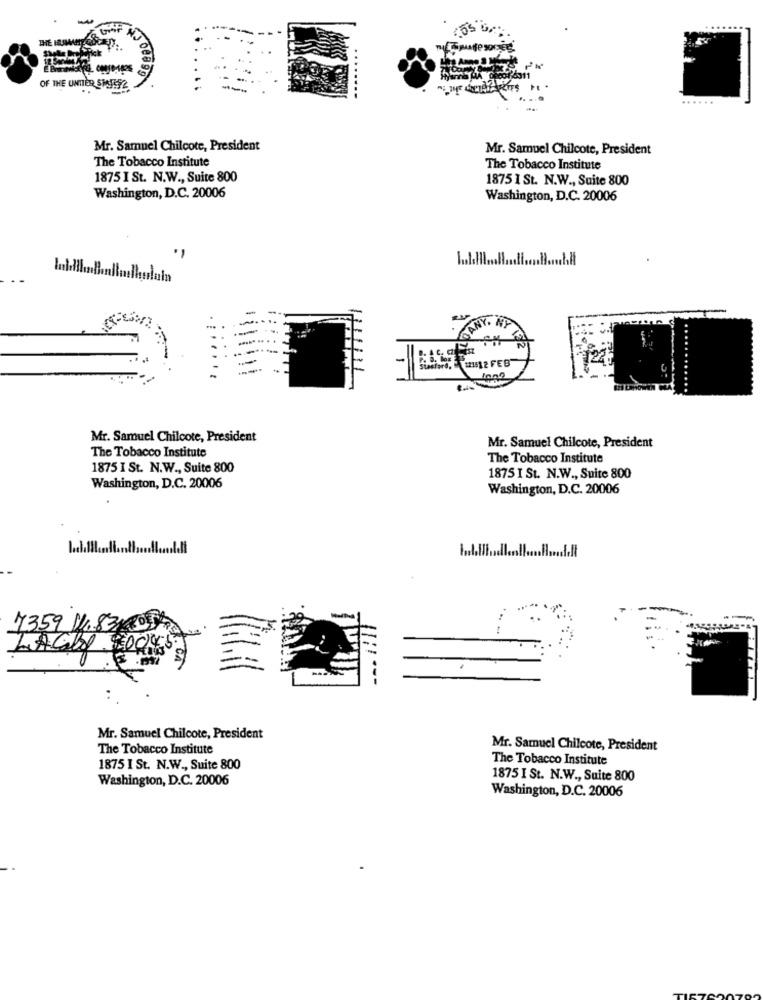
OF THE UNTIER SIAJETZ
......
Mr. Samuel Chilcote, President
Mr. Samuel Chilcote, President
The Tobacco Institute
The Tobacco Institute
1875 I St. N.W ., Suite 800
1875 1 St. N.W ., Suite 800
Washington, D.C. 20006
Washington, D.C. 20006
TONY, NP
D. A .C. CZLESZ
Stastard, 12151 2 FEB
Mr. Samuel Chilcote, President
Mr. Samuel Chilcote, President
The Tobacco Institute
The Tobacco Institute
1875 I St. N.W ., Suite 800
1875 I St. N.W ., Suite 800
Washington, D.C. 20006
Washington, D.C. 20006
7359 11834 DE
Mr. Samuel Chilcote, President
The Tobacco Institute
Mr. Samuel Chilcote, President
The Tobacco Institute
1875 I St. N.W ., Suite 800
Washington, D.C. 20006
1875 I St. N.W ., Suite 800
Washington, D.C. 20006